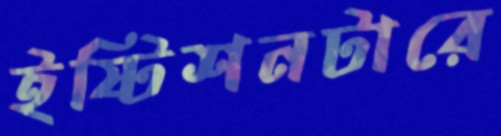
ইষ্টিশনটারে